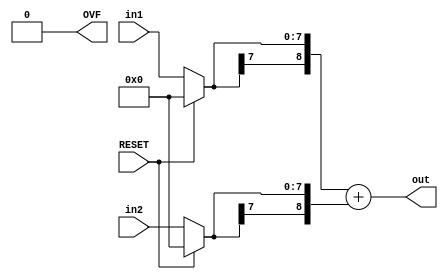
`timescale 1ns / 1ps

module add_Fixed # ( parameter  WI1 = 4, WF1 = 4,    // input 1 integer and fraction bits
                                WI2 = 4, WF2 = 4,    // input 2 integer and fraction bits
             WIO = WI1 > WI2 ? WI1 + 1 : WI2 + 1,    // output integer bits
             WFO = WF1 > WF2 ? WF1 : WF2 )           // output fraction bits
(
    input RESET,
    input signed [WI1 + WF1 - 1 : 0] in1,       // Add # 1
    input signed [WI2 + WF2 - 1 : 0] in2,       // Add # 2
    output signed [WIO + WFO - 1 : 0] out,      // Output
    output reg OVF                              // Overflow flag
);
    // Local Parameters; Precise addition parameters
    localparam WIP = WI1 > WI2 ? WI1 + 1 : WI2 + 1;     // local parameters for Precise integer bits
    localparam WFP = WF1 > WF2 ? WF1 : WF2;             // local parameters for Precise fraction bits
    localparam maxWI = WI1 > WI2 ? 1 : 0;               // 1 means WI1 is bigger; 0 means WI2 is bigger
    localparam maxWF = WF1 > WF2 ? 1 : 0;               // 1 means WF1 is bigger; 0 means WF2 is bigger
    
    // Used to align the decimal points
    reg [WIP + WFP - 2 : 0] in1_Temp;
    reg [WIP + WFP - 2 : 0] in2_Temp;
    // Same as above but with the sign bit
    reg [WIP + WFP - 1 : 0] in1_Temp2;      //  These have the aligned values in them
    reg [WIP + WFP - 1 : 0] in2_Temp2;      //  These have the aligned values in them
    
    // Determine which inputs have the smallest WI's or WF's
    wire smallest_WI = WI1 < WI2 ? 1 : 0;    // 1 means WI1 is smaller; 0 means WI2 is smaller
    wire smallest_WF = WF1 < WF2 ? 1 : 0;    // 1 means WF1 is smaller; 0 means WF2 is smaller
    
    // Temporary registers for output
    reg [WIO - 1 : 0] temp_out_int_bits;
    reg [WFO - 1 : 0] temp_out_frac_bits;
    
    // Compute the full precision product
    wire signed [WIP + WFP - 1 : 0] fullPreciseSum = in1_Temp2 + in2_Temp2;     // Precise sum
    
    // fullPreciseProduct Sign bit
    wire sign_Bit = fullPreciseSum[WIP + WFP - 1];                  // fullPreciseSum Sign bit
    
    // Store Integer bits and Fraction bits
    wire [WIP - 1 : 0] precise_int_bits  = fullPreciseSum[WIP + WFP - 1 : WFP];   // Just the integer  bits of fullPreciseSum
    wire [WFP - 1 : 0] precise_frac_bits = fullPreciseSum[WFP - 1 : 0];           // Just the fraction bits of fullPreciseSum
    
    // Int temp wire
    reg [WIP - WIO - 1 : 0] tmp;   // Truncated integer bits
    
    initial OVF <= 0;       // Set intial state of overflow = 0
    
    wire [WI1 - 1 : 0] In1_int_bits  = in1[WI1 + WF1 - 1 : WF1];  // Just the integer  bits of in1
    wire [WF1 - 1 : 0] In1_frac_bits = in1[WF1 - 1 : 0];          // Just the fraction bits of in1
    wire [WI2 - 1 : 0] In2_int_bits  = in2[WI2 + WF2 - 1 : WF2];  // Just the integer  bits of in2
    wire [WF2 - 1 : 0] In2_frac_bits = in2[WF2 - 1 : 0];          // Just the fraction bits of in2
    
    always @ (*)
    begin
        if(RESET) begin in1_Temp <= 0; in2_Temp <= 0; end
        else
        if(smallest_WI && smallest_WF) // WI1 is smaller; WF1 is smaller
        begin
            in1_Temp <= in1 <<< (WF2 - WF1) ;  // {(WI2 - WI1){in1[WI1 + WF1 - 1]}}
            in2_Temp <= in2;
        end
        else if(smallest_WI && !smallest_WF) // WI1 is smaller; WF2 is smaller
        begin
            in1_Temp <= { {((WIP + WFP)-(WI1 + WF1)){in1[WI1 + WF1 - 1]}} , in1 };
            in2_Temp <= { in2 , {((WIP + WFP)-(WI2 + WF2 + 1)){1'b0}} };
            
        end
        else if(!smallest_WI && smallest_WF) // WI2 is smaller; WF1 is smaller
        begin
            in2_Temp <= { {((WIP + WFP)-(WI2 + WF2)){in2[WI2 + WF2 - 1]}} , in2 };
            in1_Temp <= { in1 , {((WIP + WFP)-(WI1 + WF1 + 1)){1'b0}} };
        end
        else                                // WI2 is smaller; WF2 is smaller
        begin
            in2_Temp <= in2 <<< (WF1 - WF2);
            in1_Temp <= in1;
        end
        in1_Temp2 <= { in1_Temp[WIP + WFP - 2] , in1_Temp };
        in2_Temp2 <= { in2_Temp[WIP + WFP - 2] , in2_Temp };
        
        
        // -------------------------Output Bitwidth logic
        
        // Logic for integer bits
        if( WIO == WIP )  // Assign precise bits to temp_out_int_bits
        begin
            temp_out_int_bits <= precise_int_bits;
            // ----------------------------- Check for overflow
            if( in1[WI1+WF1-1]==in2[WI2+WF2-1]==~out[WIO+WFO-1] || (~in1[WI1+WF1-1]==~in2[WI2+WF2-1]==out[WIO+WFO-1]) )
                OVF <= 1;
            else
                OVF <= 0;
        end
        else if( WIO > WIP )  // sign-extend
        begin
            temp_out_int_bits <= {{ (WIO - WIP){precise_int_bits[WIP - 1]}} , precise_int_bits };
            OVF <= 0;       // Overflow always = 0 in this case
        end
        else        // WIO < max(WF1 + WF2) + 1;
        begin
            tmp <= precise_int_bits[WIP - 1 : WIP - (WIP - WIO)];
            temp_out_int_bits <= { precise_int_bits[WIP - 1], precise_int_bits[WIO - 2 : 0] };
               // ----------------------------- Check for overflow
            if( (in1[WI1+WF1-1]==in2[WI2+WF2-1]== (&tmp) ) || ( ~in1[WI1+WF1-1]==~in2[WI2+WF2-1]== (|tmp)) )
                OVF <= 0;
            else
                OVF <= 1;
        end
        
        
        // Logic for fraction bits
        if( WFO == WFP ) 
        begin                       // Assign precise bits to temp_out_frac_bits
            temp_out_frac_bits <= precise_frac_bits;
            OVF <= 0;
        end
        else if( WFO > WFP )
        begin                           // Append zeros
            temp_out_frac_bits <= { precise_frac_bits[WFP - 1 : 0] , {(WFO - (WF1 + WF2 + 1)){1'b0}} };
            OVF <= 0;
        end
        else
        begin       // WFO < max(WF1 + WF2); Truncate bits
            temp_out_frac_bits <= precise_frac_bits[WFP - 1 : WFP - 1 - (WFO - 1)];
            OVF <= 0;
        end
    end
    
    assign out = {temp_out_int_bits , temp_out_frac_bits};
    
endmodule